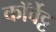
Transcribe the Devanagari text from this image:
कॉर्वेट्ट